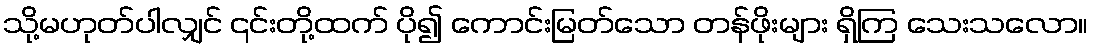
သို့မဟုတ်ပါလျှင် ၎င်းတို့ထက် ပို၍ ကောင်းမြတ်သော တန်ဖိုးများ ရှိကြ သေးသလော။